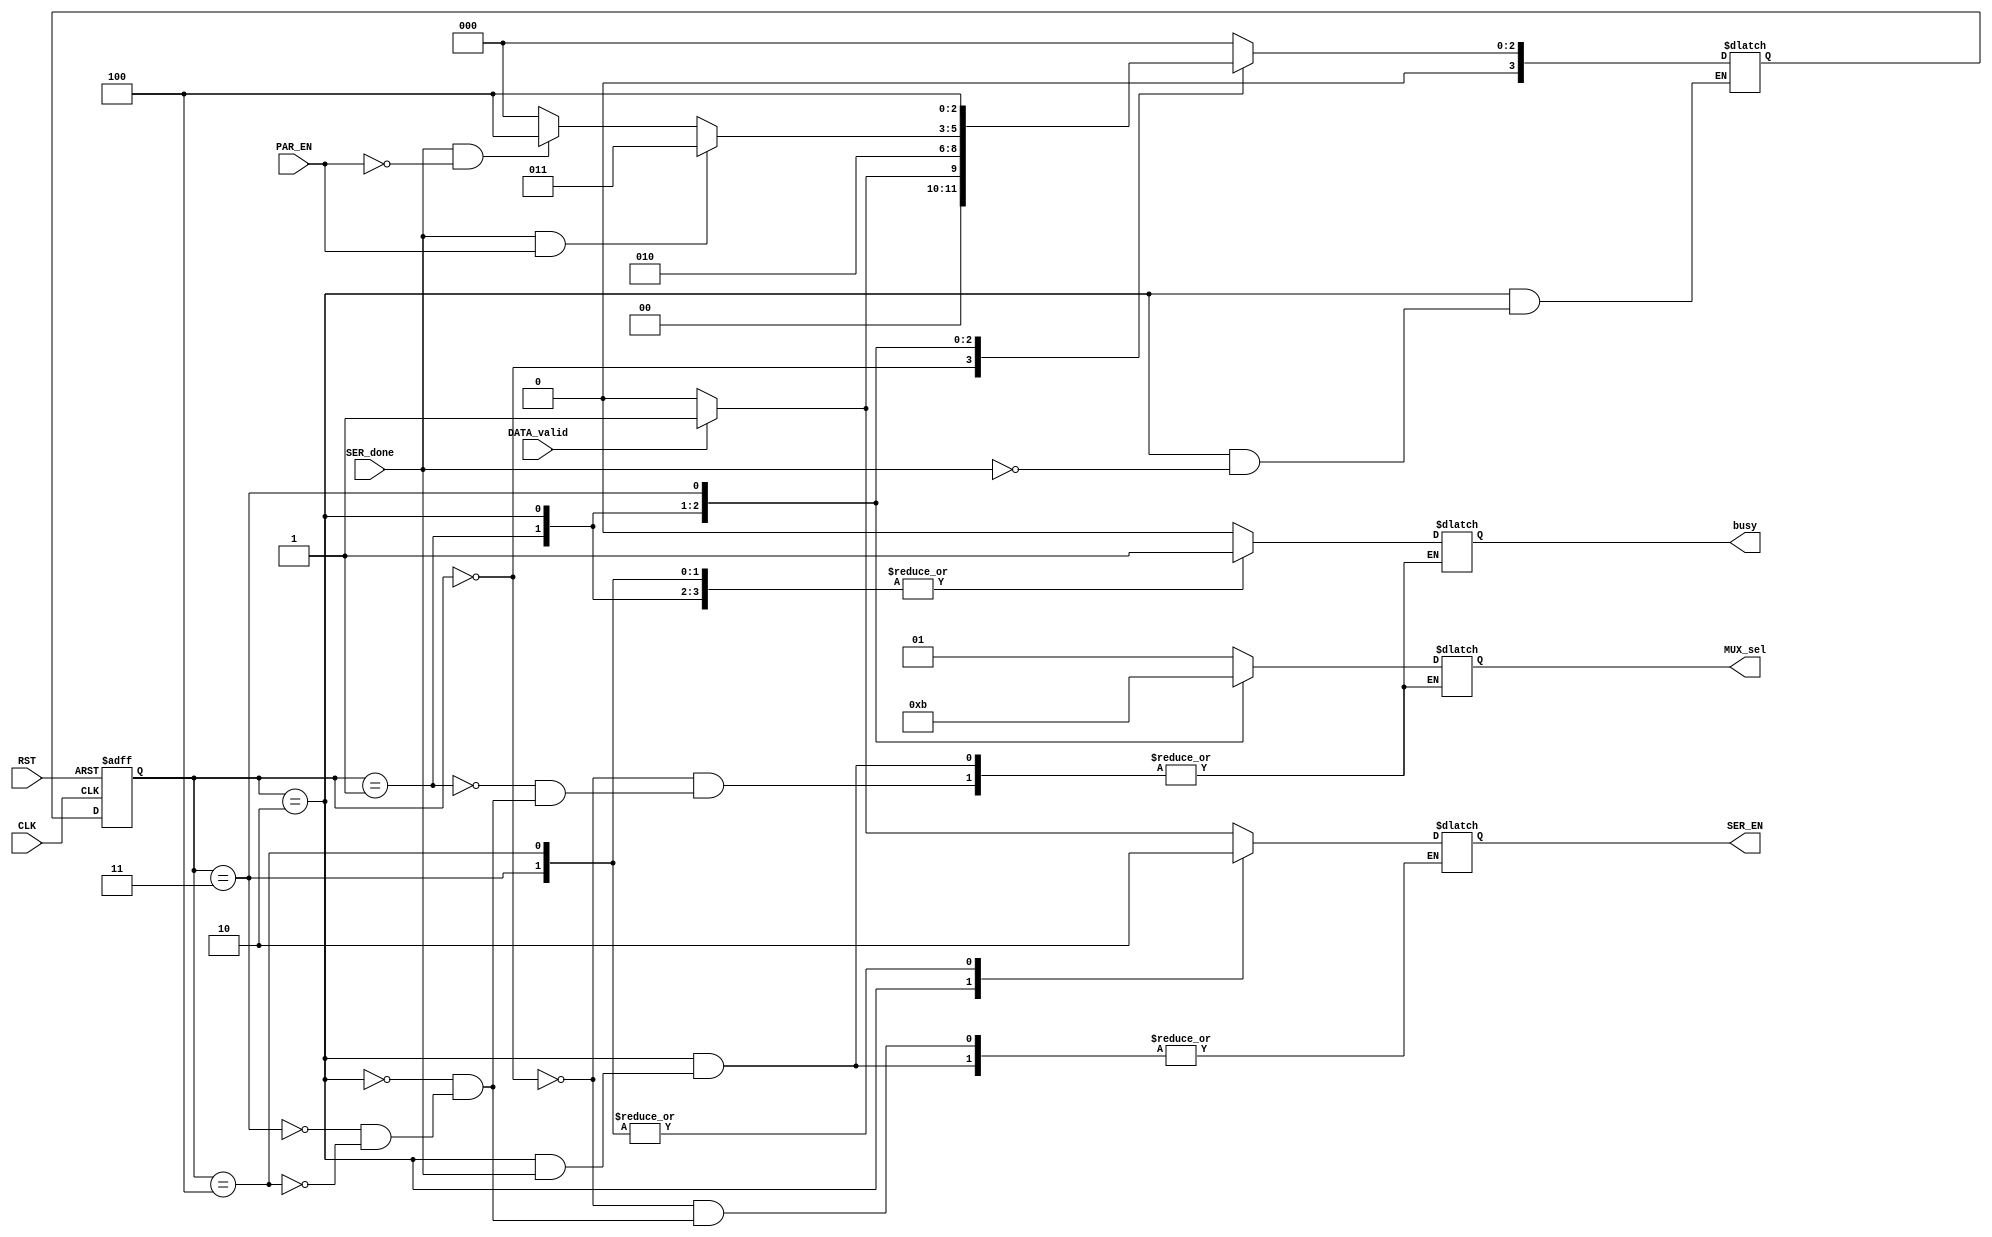
module FSM (
  input               PAR_EN,
  input               DATA_valid,
  input               SER_done,
  input               CLK,RST,

  output reg          SER_EN,
  output reg [1:0]    MUX_sel,
  output reg          busy
);

localparam [2:0]  IDLE = 3'b000,
                  START = 3'b001,
                  DATA = 3'b010,
                  PAR = 3'b011,
                  STOP = 3'b100;

reg [3:0] C_S, N_S;

always@(posedge CLK or negedge RST)
  begin
    if(!RST)
      C_S <= IDLE;
    else
      C_S <= N_S;
  end

always @ (*) begin
  case (C_S)
    IDLE:begin
      SER_EN = 1'b0;
      MUX_sel  = 2'b01;
      busy  = 1'b0;
      if (DATA_valid) begin
        SER_EN = 1'b1;
        N_S = START;
      end
      else begin
        N_S = IDLE;
      end
    end

    START: begin
      MUX_sel  = 2'b00;
      busy  = 1'b1;
      N_S = DATA;
    end

    DATA: begin
      if (!SER_done) begin
        SER_EN = 1'b1;
        MUX_sel  = 2'b10;
        busy  = 1'b1;
      end
      else if (SER_done && PAR_EN) begin
        N_S = PAR;
      end
      else if (SER_done && !PAR_EN) begin
        N_S = STOP;
      end
      else begin
        N_S = IDLE;
      end
    end

    PAR: begin
      SER_EN = 1'b0;
      MUX_sel  = 2'b11;
      busy  = 1'b1;
      N_S = STOP;
    end

    STOP: begin
      SER_EN = 1'b0;
      MUX_sel  = 2'b01;
      busy  = 1'b1;
      N_S = IDLE;
    end

    default: N_S = IDLE;
  endcase
end

endmodule //FSM